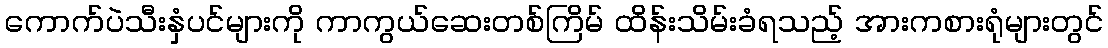
ကောက်ပဲသီးနှံပင်များကို ကာကွယ်ဆေးတစ်ကြိမ် ထိန်းသိမ်းခံရသည့် အားကစားရုံများတွင်